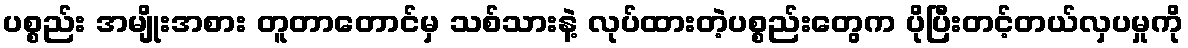
ပစ္စည်း အမျိုးအစား တူတာတောင်မှ သစ်သားနဲ့ လုပ်ထားတဲ့ပစ္စည်းတွေက ပိုပြီးတင့်တယ်လှပမှုကို